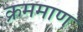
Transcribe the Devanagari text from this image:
क्रममाण